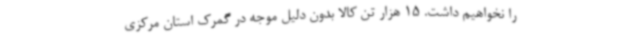
را نخواهیم داشت. 15 هزار تن کالا بدون دلیل موجه در گمرک استان مرکزی